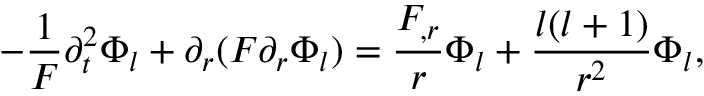
- \frac { 1 } { F } \partial _ { t } ^ { 2 } \Phi _ { l } + \partial _ { r } ( F \partial _ { r } \Phi _ { l } ) = \frac { F _ { , r } } { r } \Phi _ { l } + \frac { l ( l + 1 ) } { r ^ { 2 } } \Phi _ { l } ,